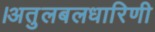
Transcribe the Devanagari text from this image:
।अतुलबलधारिणी